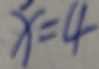
x = 4